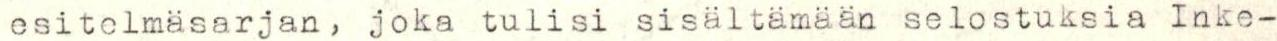
esitelmäsarjan, joka tulisi sisältämään selostuksia Inke-